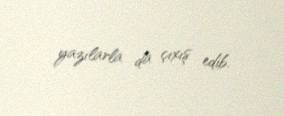
yazılarla da çıxış edib.